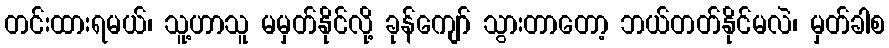
တင်းထားရမယ်၊ သူ့ဟာသူ မမှတ်နိုင်လို့ ခုန်ကျော် သွားတာတော့ ဘယ်တတ်နိုင်မလဲ၊ မှတ်ခါစ